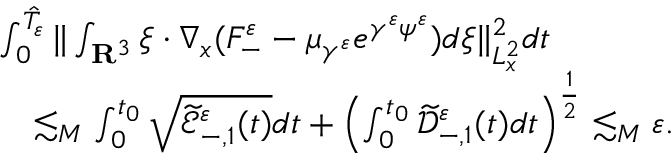
\begin{array} { r l } & { \int _ { 0 } ^ { \hat { T } _ { \varepsilon } } \| \int _ { \mathbf R ^ { 3 } } \xi \cdot \nabla _ { x } ( F _ { - } ^ { \varepsilon } - \mu _ { \gamma ^ { \varepsilon } } e ^ { \gamma ^ { \varepsilon } \psi ^ { \varepsilon } } ) d \xi \| _ { L _ { x } ^ { 2 } } ^ { 2 } d t } \\ & { \quad \lesssim _ { M } \int _ { 0 } ^ { t _ { 0 } } \sqrt { \widetilde { \mathscr E } _ { - , 1 } ^ { \varepsilon } ( t ) } d t + \left( \int _ { 0 } ^ { t _ { 0 } } \widetilde { \mathscr D } _ { - , 1 } ^ { \varepsilon } ( t ) d t \right) ^ { \frac { 1 } { 2 } } \lesssim _ { M } \varepsilon . } \end{array}